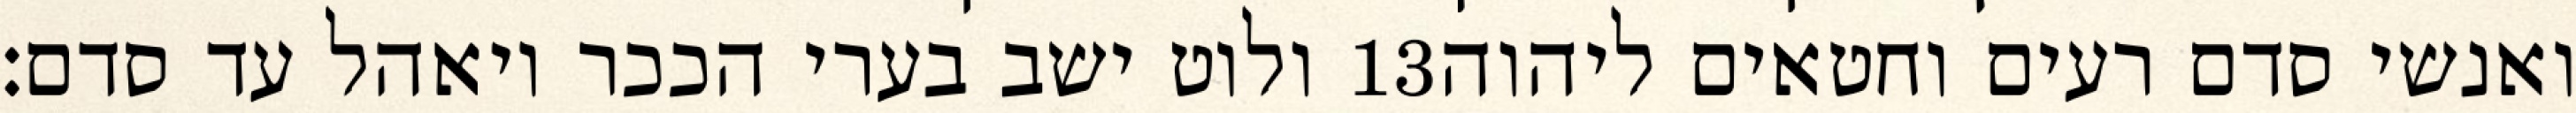
ולוט ישב בערי הככר ויאהל עד סדם׃ ‎13‏ ואנשי סדם רעים וחטאים ליהוה